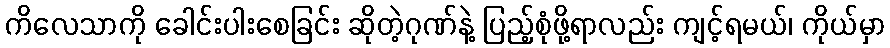
ကိလေသာကို ခေါင်းပါးစေခြင်း ဆိုတဲ့ဂုဏ်နဲ့ ပြည့်စုံဖို့ရာလည်း ကျင့်ရမယ်၊ ကိုယ်မှာ